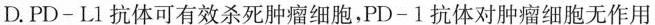
D.PD-L1抗体可有效杀死肿瘤细胞，PD-1抗体对肿瘤细胞无作用